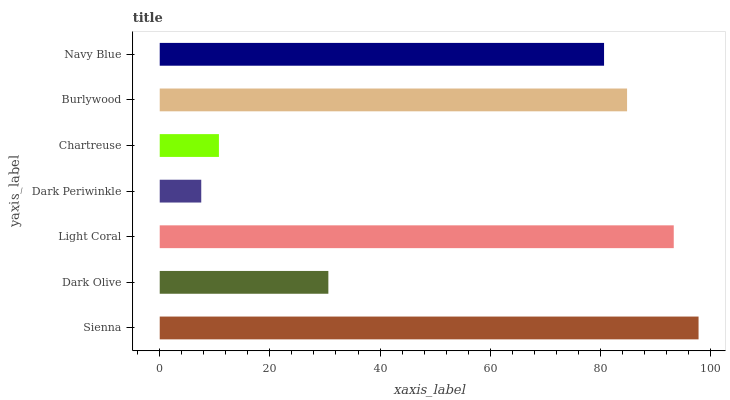
| yaxis_label | bars |
 | --- | --- |
 | Sienna | 97.8 |
 | Dark Olive | 30.6 |
 | Light Coral | 93.3 |
 | Dark Periwinkle | 7.54 |
 | Chartreuse | 10.7 |
 | Burlywood | 84.8 |
 | Navy Blue | 80.7 |